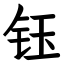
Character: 钰